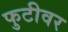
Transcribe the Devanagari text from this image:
फुटीवर